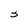
Character: S